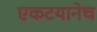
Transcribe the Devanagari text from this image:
एकटयानेच